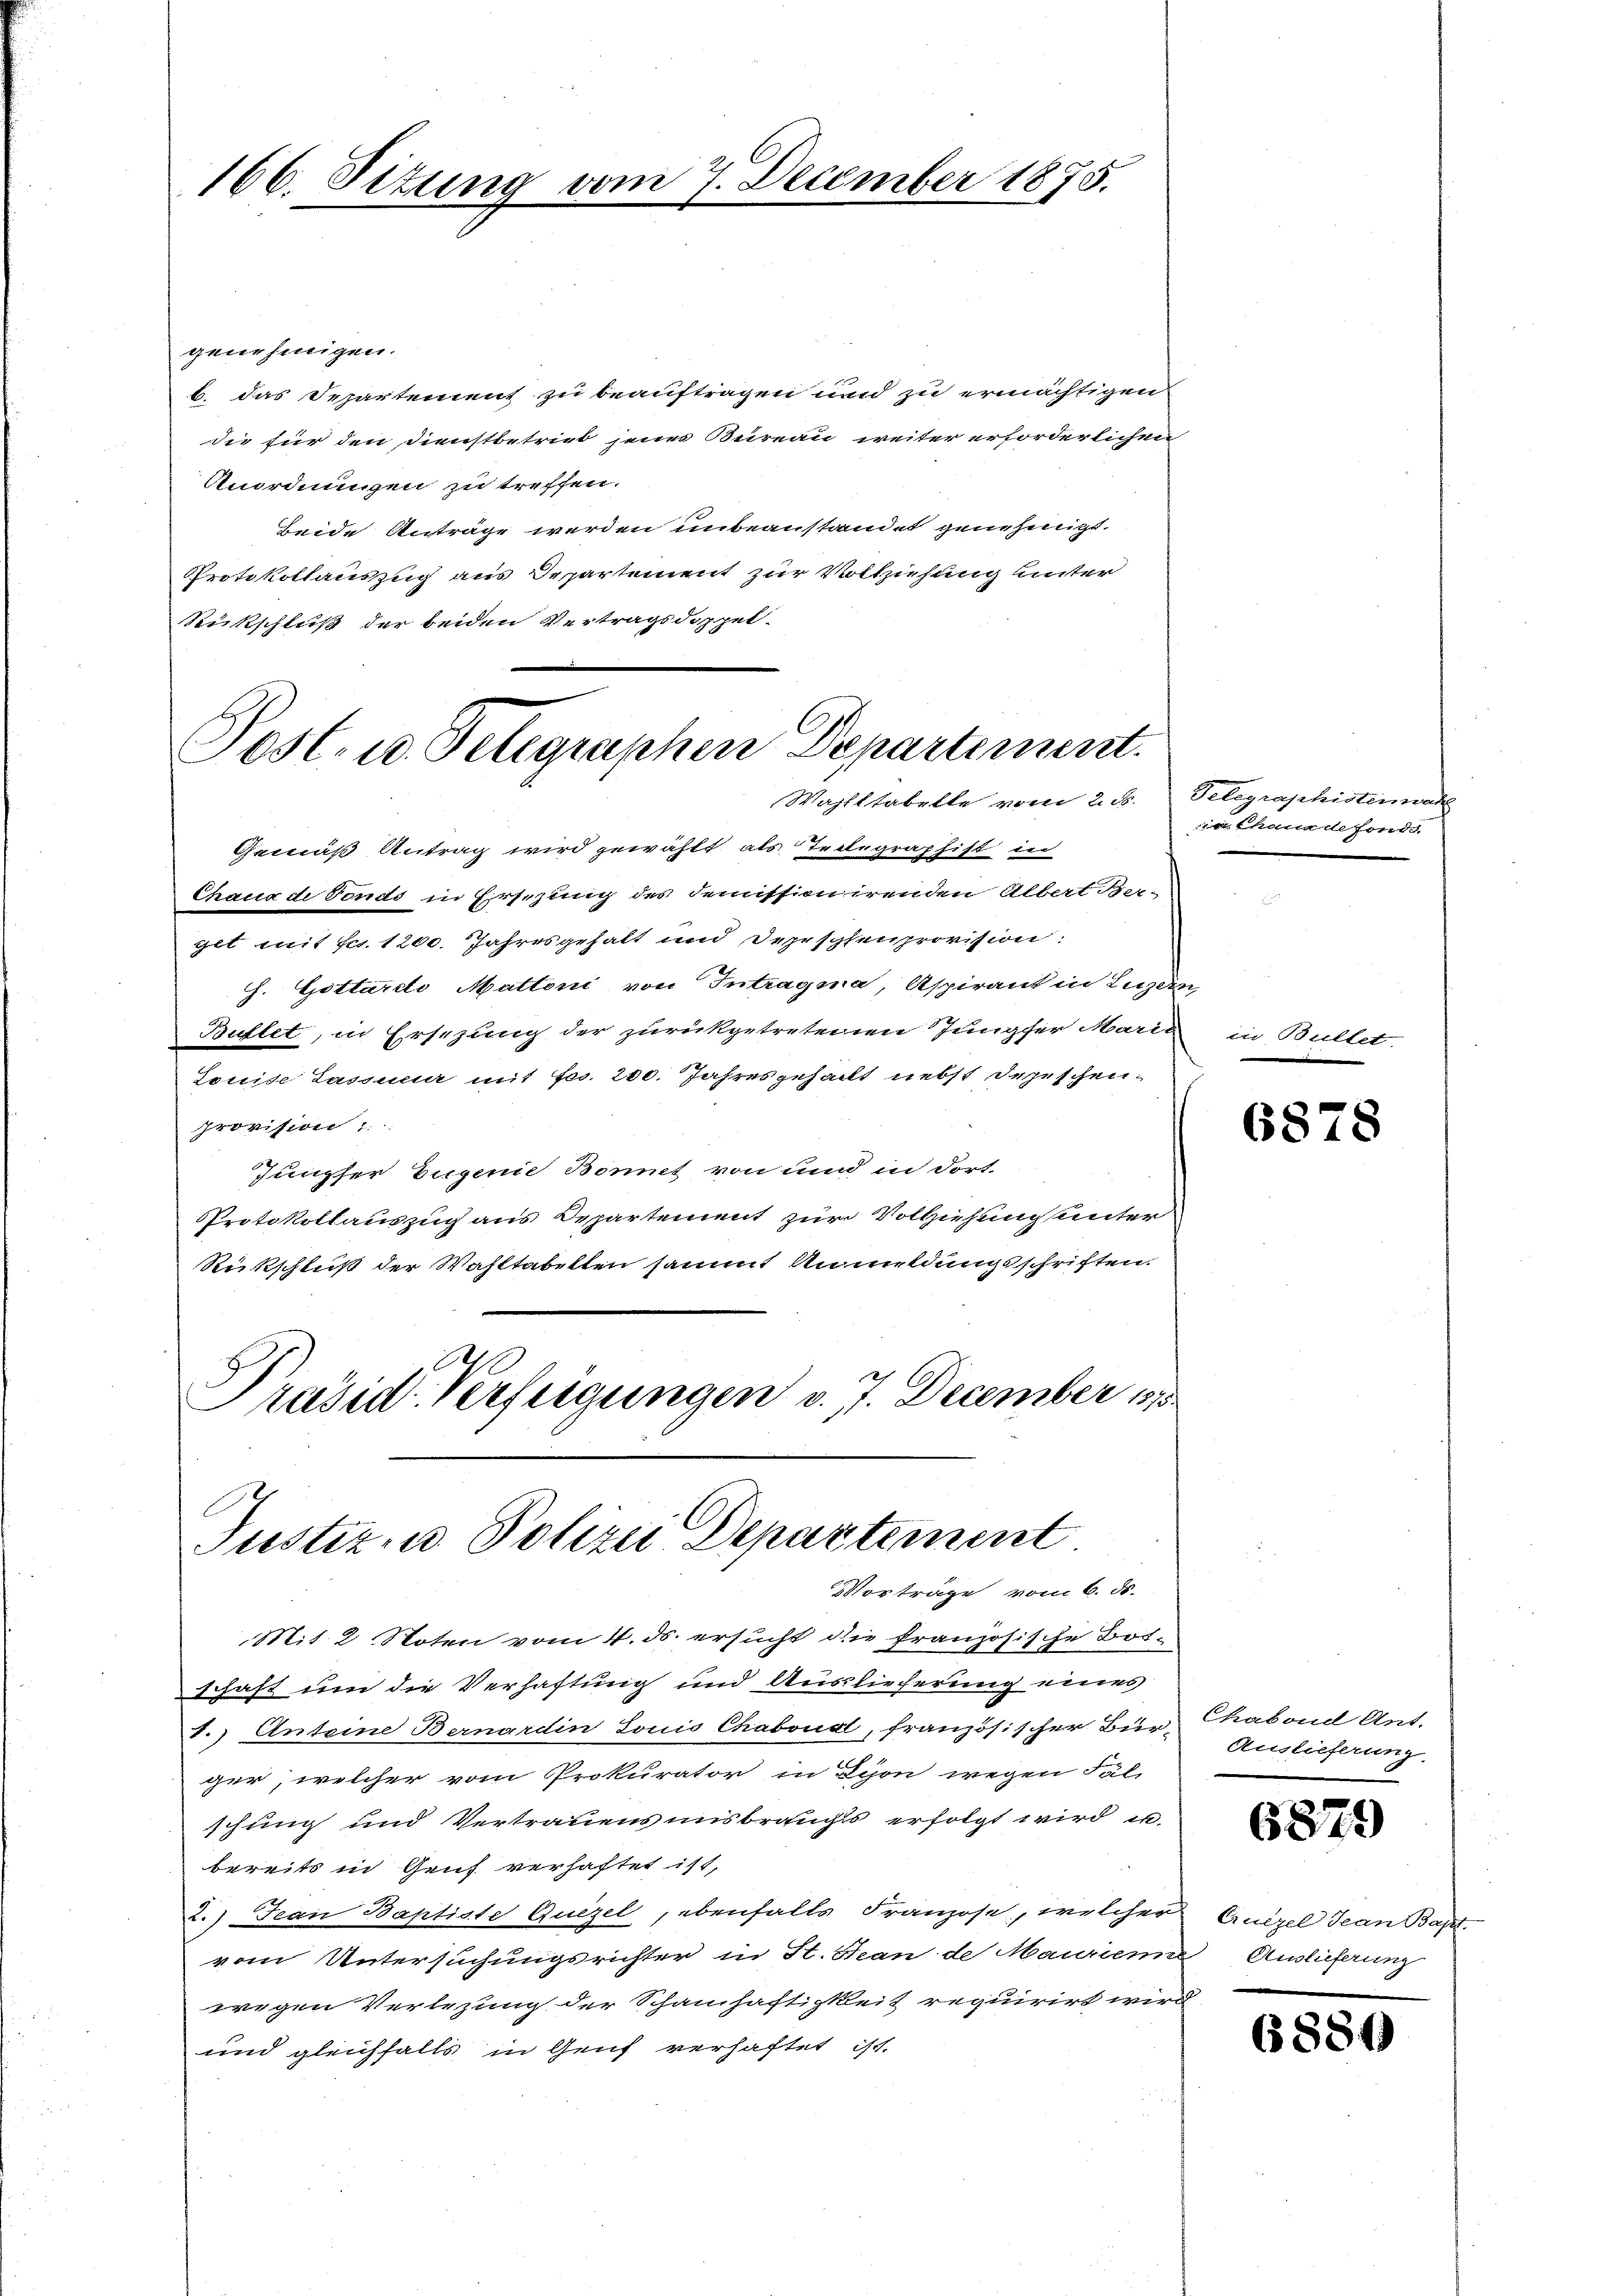
166. Situng vom 7. December 1875.

genehmigen.
b. das Departement zu beauftragen und zu ermächtigen
die für den Dienstbetrieb jener Bureau weiter erforderlichen
Anordnungen zu treffen.
beide Anträge werden unbeanstandet genehmigt.
Protokollauszug aus Departement zur Vollziehung unter
Rückschluß der beiden Vertragsdoppel-
Post- u. Telegraphen Departement.

Wahlstabelle vom 2. 3. Telegraphistenwar

Justiz in Polizei Departement
Vorträge vom 6. ds.

Mit 2 Noten vom 4. ds. ersucht die französische Bosschaft um die Verhaftung und Auslieferung eines
1.) Anteine Bernardin Louis Chabonal, französischer Bürger, welcher vom Prokurator in Dion wegen Fal-
schung und Vertrauens insbrauchts erfolgt wird u.
bereits in Genf verhaftet ist,
2.) Jean Baptiste Quizel, ebenfalls Franzose, welcher
vom Untersuchungsrichter in St. Jean de Mauriene Auslieferung
wegen Verlegung der Schanhaftigkeit requirirt wird
und gleichfalls in Genf verhaftet ist.

Gemäß Antrag wird gewählt, als Teilegraphist in
Chaux de Fonds in Ersezung des demissionirenden Albert Ber-
git mit sc. 1200. Jahresgehalt und Depeschenprovision:
J. Gottardi Mattoni von Intragna, Aspirant in Luzern,
Buflet, in Ersezung der zurükgetretenen Jungser Maris
Louise Lassnuar mit fes. 200. Jahresgehalt nebst depeschen.
provision :
Jungfer Eugenie Bonet von und in dort.
Protokollauszug aus Departement zur Volkiehung unter
Rückschluß der Wahltabelten sammt Anmeldungsschriften.
Präsid. Verfügungen v. J. December 185

in Chanade fonds.

in Bultet

6878

Chabond Ant.
Auslieferung.

6879

Cruezel Jean Bapt.

6880)